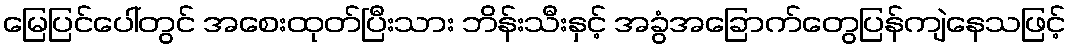
မြေပြင်ပေါ်တွင် အစေးထုတ်ပြီးသား ဘိန်းသီးနှင့် အခွံအခြောက်တွေပြန်ကျဲနေသဖြင့်